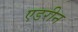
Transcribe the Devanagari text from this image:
एडरीन